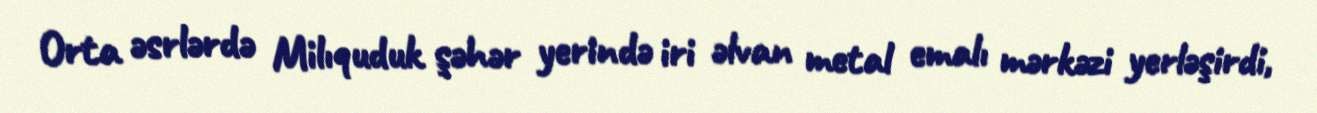
Orta əsrlərdə Milıquduk şəhər yerində iri əlvan metal emalı mərkəzi yerləşirdi,